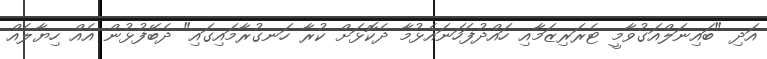
އަދި "ބައިނަލްއަގުވާމީ ޓެރަރިޒަމާއި ހައްދުފަހަނައެޅުމާ ދެކޮޅަށް ކުރާ ހަނގުރާމައިގައި" ދެބޭފުޅުން އެއް ހިޔާލެއް